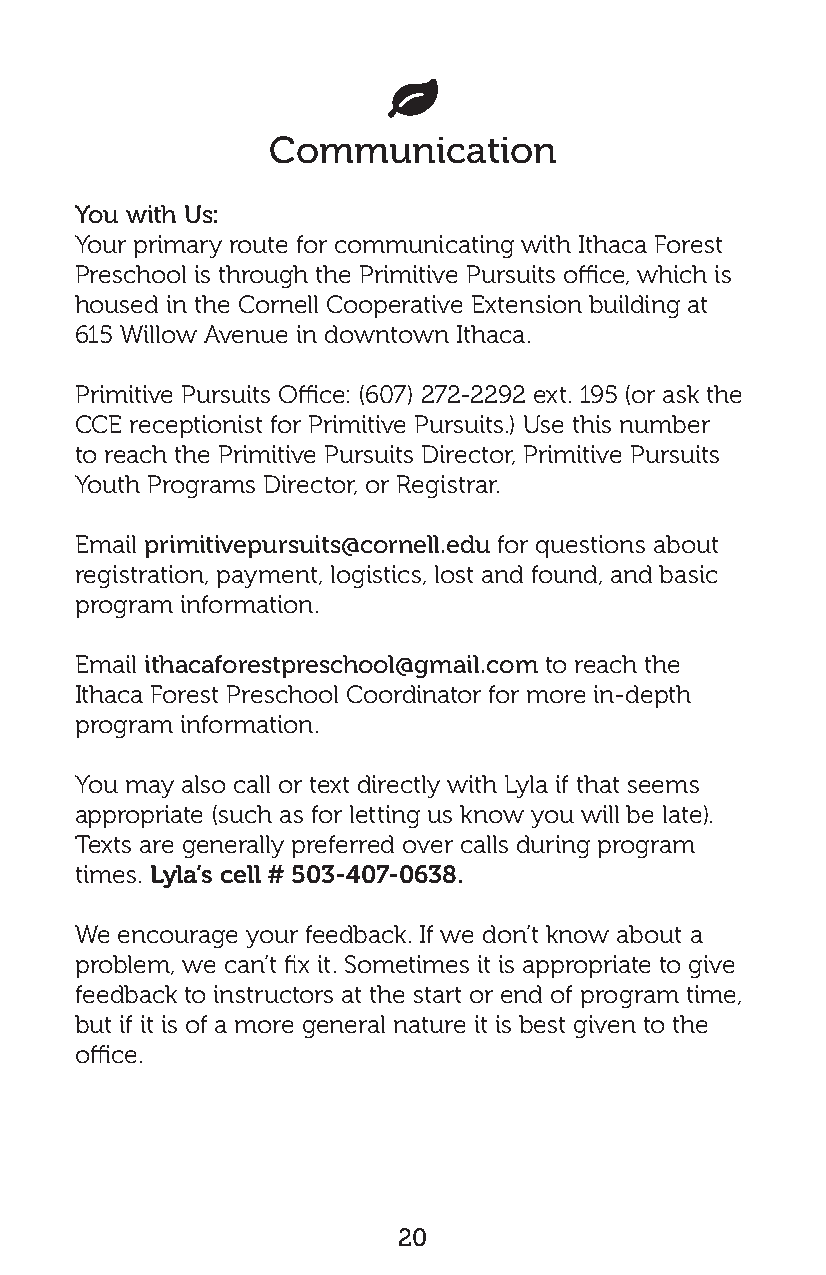

 Communication
 You with Us:
 Your primary route for communicating with Ithaca Forest
 Preschool is through the Primitive Pursuits office, which is
 housed in the Cornell Cooperative Extension building at
 615 Willow Avenue in downtown Ithaca.
 Primitive Pursuits Office: (607) 272-2292 ext. 195 (or ask the
 CCE receptionist for Primitive Pursuits.) Use this number
 to reach the Primitive Pursuits Director, Primitive Pursuits
 Youth Programs Director, or Registrar.
 Email primitivepursuits@cornell.edu for questions about
 registration, payment, logistics, lost and found, and basic
 program information.
 Email ithacaforestpreschool@gmail.com to reach the
 Ithaca Forest Preschool Coordinator for more in-depth
 program information.
 You may also call or text directly with Lyla if that seems
 appropriate (such as for letting us know you will be late).
 Texts are generally preferred over calls during program
 times. Lyla’s cell # 503-407-0638.
 We encourage your feedback. If we don’t know about a
 problem, we can’t fix it. Sometimes it is appropriate to give
 feedback to instructors at the start or end of program time,
 but if it is of a more general nature it is best given to the
 office.
 20